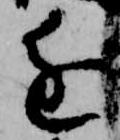
進